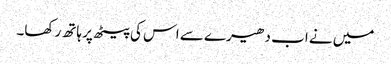
میں نے اب دھیرے سے اس کی پیٹھ پر ہاتھ رکھا۔